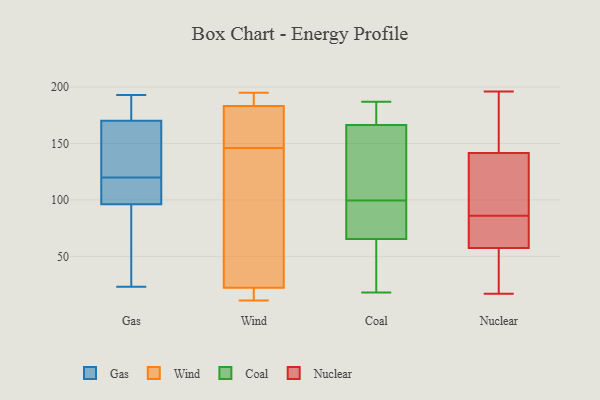
{"axis": {"x": "Headcount", "y": "Value"}, "legend": ["Coal", "Gas", "Nuclear", "Wind"], "data": [{"x": "", "y": 112, "type": "Gas"}, {"x": "", "y": 97, "type": "Gas"}, {"x": "", "y": 189, "type": "Gas"}, {"x": "", "y": 78, "type": "Gas"}, {"x": "", "y": 140, "type": "Gas"}, {"x": "", "y": 142, "type": "Gas"}, {"x": "", "y": 93, "type": "Gas"}, {"x": "", "y": 193, "type": "Gas"}, {"x": "", "y": 188, "type": "Gas"}, {"x": "", "y": 120, "type": "Gas"}, {"x": "", "y": 99, "type": "Gas"}, {"x": "", "y": 137, "type": "Gas"}, {"x": "", "y": 51, "type": "Gas"}, {"x": "", "y": 23, "type": "Gas"}, {"x": "", "y": 144, "type": "Gas"}, {"x": "", "y": 183, "type": "Gas"}, {"x": "", "y": 179, "type": "Gas"}, {"x": "", "y": 96, "type": "Gas"}, {"x": "", "y": 117, "type": "Gas"}, {"x": "", "y": 123, "type": "Wind"}, {"x": "", "y": 14, "type": "Wind"}, {"x": "", "y": 14, "type": "Wind"}, {"x": "", "y": 166, "type": "Wind"}, {"x": "", "y": 146, "type": "Wind"}, {"x": "", "y": 189, "type": "Wind"}, {"x": "", "y": 187, "type": "Wind"}, {"x": "", "y": 25, "type": "Wind"}, {"x": "", "y": 11, "type": "Wind"}, {"x": "", "y": 182, "type": "Wind"}, {"x": "", "y": 90, "type": "Wind"}, {"x": "", "y": 195, "type": "Wind"}, {"x": "", "y": 177, "type": "Wind"}, {"x": "", "y": 171, "type": "Coal"}, {"x": "", "y": 53, "type": "Coal"}, {"x": "", "y": 91, "type": "Coal"}, {"x": "", "y": 78, "type": "Coal"}, {"x": "", "y": 180, "type": "Coal"}, {"x": "", "y": 18, "type": "Coal"}, {"x": "", "y": 83, "type": "Coal"}, {"x": "", "y": 51, "type": "Coal"}, {"x": "", "y": 116, "type": "Coal"}, {"x": "", "y": 98, "type": "Coal"}, {"x": "", "y": 93, "type": "Coal"}, {"x": "", "y": 162, "type": "Coal"}, {"x": "", "y": 46, "type": "Coal"}, {"x": "", "y": 117, "type": "Coal"}, {"x": "", "y": 187, "type": "Coal"}, {"x": "", "y": 21, "type": "Coal"}, {"x": "", "y": 110, "type": "Coal"}, {"x": "", "y": 184, "type": "Coal"}, {"x": "", "y": 176, "type": "Coal"}, {"x": "", "y": 101, "type": "Coal"}, {"x": "", "y": 152, "type": "Nuclear"}, {"x": "", "y": 62, "type": "Nuclear"}, {"x": "", "y": 129, "type": "Nuclear"}, {"x": "", "y": 34, "type": "Nuclear"}, {"x": "", "y": 131, "type": "Nuclear"}, {"x": "", "y": 92, "type": "Nuclear"}, {"x": "", "y": 62, "type": "Nuclear"}, {"x": "", "y": 119, "type": "Nuclear"}, {"x": "", "y": 31, "type": "Nuclear"}, {"x": "", "y": 71, "type": "Nuclear"}, {"x": "", "y": 53, "type": "Nuclear"}, {"x": "", "y": 158, "type": "Nuclear"}, {"x": "", "y": 65, "type": "Nuclear"}, {"x": "", "y": 196, "type": "Nuclear"}, {"x": "", "y": 34, "type": "Nuclear"}, {"x": "", "y": 165, "type": "Nuclear"}, {"x": "", "y": 80, "type": "Nuclear"}, {"x": "", "y": 163, "type": "Nuclear"}, {"x": "", "y": 17, "type": "Nuclear"}, {"x": "", "y": 117, "type": "Nuclear"}]}